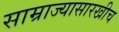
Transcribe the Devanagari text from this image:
साम्राज्यासारखीच